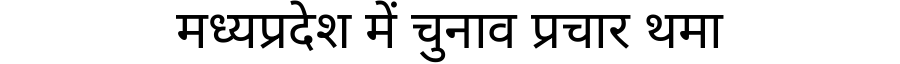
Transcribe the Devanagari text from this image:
मध्यप्रदेश में चुनाव प्रचार थमा